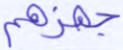
جهزهم